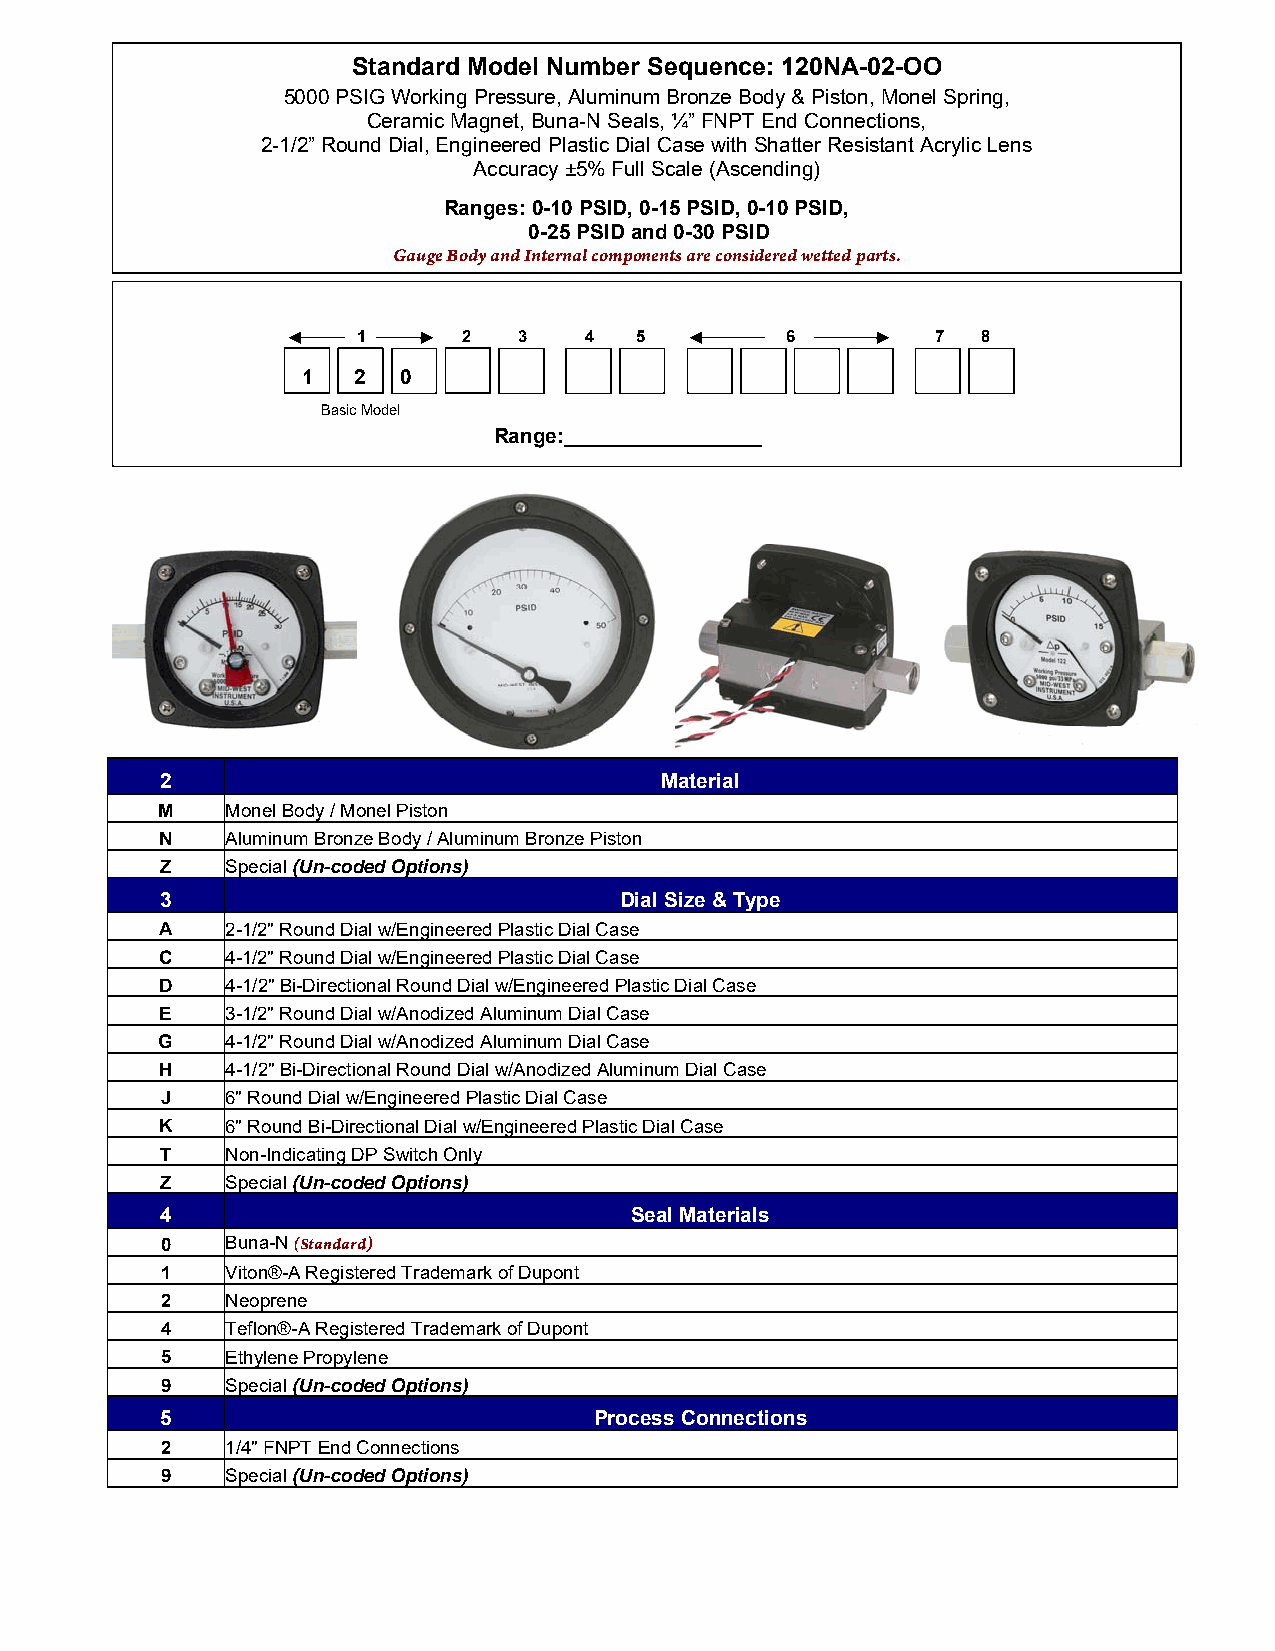
Standard Model Number Sequence: 120NA-02-OO
 5000 PSIG Working Pressure, Aluminum Bronze Body & Piston, Monel Spring,
 Ceramic Magnet, Buna-N Seals, ¼” FNPT End Connections,
 2-1/2” Round Dial, Engineered Plastic Dial Case with Shatter Resistant Acrylic Lens
 Accuracy ±5% Full Scale (Ascending)
 Ranges: 0-10 PSID, 0-15 PSID, 0-10 PSID,
 0-25 PSID and 0-30 PSID
 Gauge Body and Internal components are considered wetted parts.
 1      2  3    4  5         6         7  8
 1  2   0
 Basic Model
 Range:_________________
 2                                Material
 M    Monel Body / Monel Piston
 N   Aluminum Bronze Body / Aluminum Bronze Piston
 Z   Special (Un-coded Options)
 3                             Dial Size & Type
 A   2-1/2" Round Dial w/Engineered Plastic Dial Case
 C   4-1/2" Round Dial w/Engineered Plastic Dial Case
 D   4-1/2" Bi-Directional Round Dial w/Engineered Plastic Dial Case
 E   3-1/2" Round Dial w/Anodized Aluminum Dial Case
 G    4-1/2" Round Dial w/Anodized Aluminum Dial Case
 H   4-1/2" Bi-Directional Round Dial w/Anodized Aluminum Dial Case
 J   6" Round Dial w/Engineered Plastic Dial Case
 K   6" Round Bi-Directional Dial w/Engineered Plastic Dial Case
 T   Non-Indicating DP Switch Only
 Z   Special (Un-coded Options)
 4                              Seal Materials
 0   Buna-N (Standard)
 1   Viton®-A Registered Trademark of Dupont
 2   Neoprene
 4   Teflon®-A Registered Trademark of Dupont
 5   Ethylene Propylene
 9   Special (Un-coded Options)
 5                           Process Connections
 2   1/4" FNPT End Connections
 9   Special (Un-coded Options)